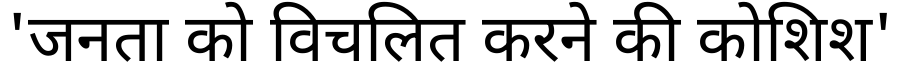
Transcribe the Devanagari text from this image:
'जनता को विचलित करने की कोशिश'